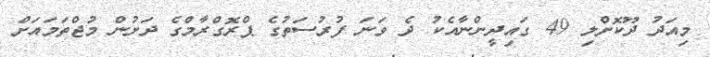
މިއަދު ދޫކޮށްލި 49 ގައިދީންނާއެކު ދެ ވަނަ ފުރުސަތުގެ ޕްރޮގްރާމްގެ ދަށުން މުޖްތަމައަށް